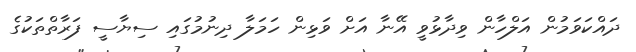
ދައްކަވަމުން އަލްހާން ވިދާޅުވީ އޭނާ އަށް ވަޅިން ހަމަލާ ދިނުމުގައި ސިޔާސީ ފަރާތްތަކުގެ